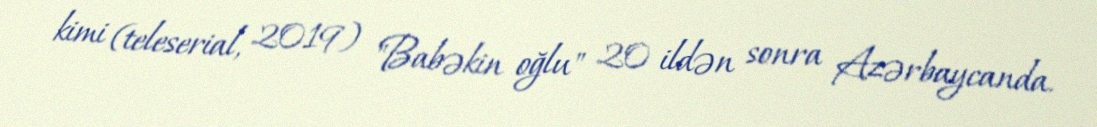
kimi (teleserial, 2019) "Babəkin oğlu" 20 ildən sonra Azərbaycanda.